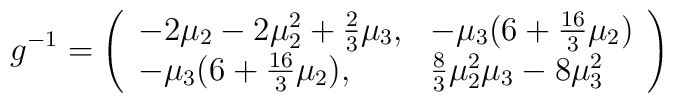
g^{-1} = \left( \begin{array}{ll}- 2 \mu_2 - 2 \mu^2_2 + \frac 23 \mu_3, & - \mu_3(6 + \frac{16}{3} \mu_2) \\ - \mu_3(6 + \frac{16}{3} \mu_2), & \frac 83 \mu^2_2 \mu_3 - 8 \mu^2_3 \end{array} \right)